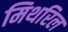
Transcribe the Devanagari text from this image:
मिथरिल